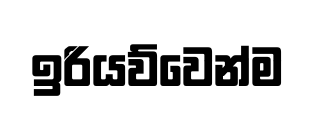
ඉරියව්වෙන්ම